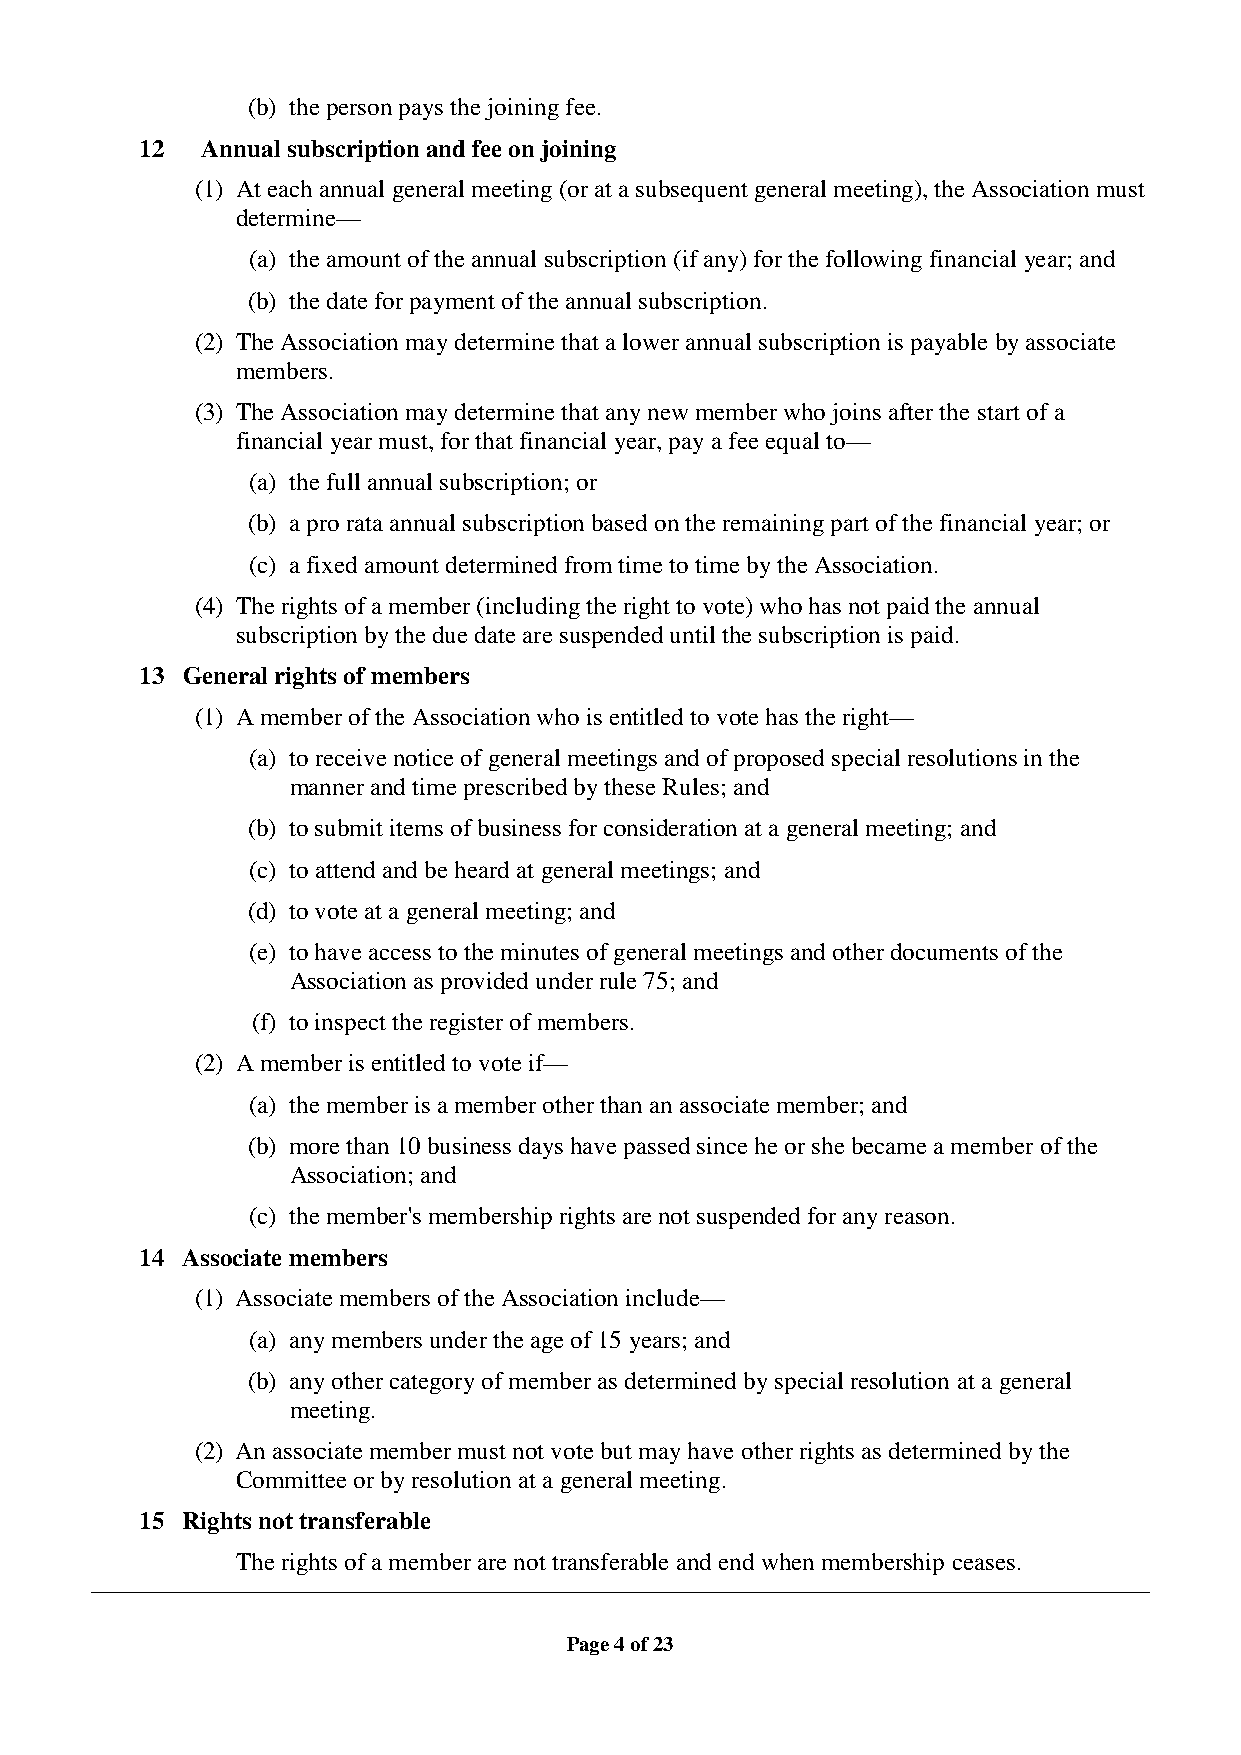
(b) the person pays the joining fee.
 12  Annual subscription and fee on joining
 (1) At each annual general meeting (or at a subsequent general meeting), the Association must
 determine—
 (a) the amount of the annual subscription (if any) for the following financial year; and
 (b) the date for payment of the annual subscription.
 (2) The Association may determine that a lower annual subscription is payable by associate
 members.
 (3) The Association may determine that any new member who joins after the start of a
 financial year must, for that financial year, pay a fee equal to—
 (a) the full annual subscription; or
 (b) a pro rata annual subscription based on the remaining part of the financial year; or
 (c) a fixed amount determined from time to time by the Association.
 (4) The rights of a member (including the right to vote) who has not paid the annual
 subscription by the due date are suspended until the subscription is paid.
 13 General rights of members
 (1) A member of the Association who is entitled to vote has the right—
 (a) to receive notice of general meetings and of proposed special resolutions in the
 manner and time prescribed by these Rules; and
 (b) to submit items of business for consideration at a general meeting; and
 (c) to attend and be heard at general meetings; and
 (d) to vote at a general meeting; and
 (e) to have access to the minutes of general meetings and other documents of the
 Association as provided under rule 75; and
 (f) to inspect the register of members.
 (2) A member is entitled to vote if—
 (a) the member is a member other than an associate member; and
 (b) more than 10 business days have passed since he or she became a member of the
 Association; and
 (c) the member's membership rights are not suspended for any reason.
 14 Associate members
 (1) Associate members of the Association include—
 (a) any members under the age of 15 years; and
 (b) any other category of member as determined by special resolution at a general
 meeting.
 (2) An associate member must not vote but may have other rights as determined by the
 Committee or by resolution at a general meeting.
 15 Rights not transferable
 The rights of a member are not transferable and end when membership ceases.
 Page 4 of 23